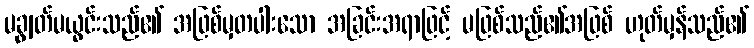
မချွတ်မယွင်းသည်၏ အဖြစ်မှတပါးသော အခြင်းအရာဖြင့် မဖြစ်သည်၏အဖြစ် ဟုတ်မှန်သည်၏